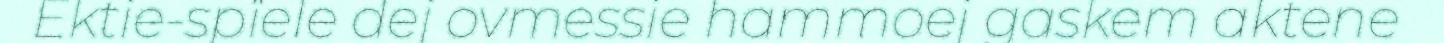
Ektie-spïele dej ovmessie hammoej gaskem aktene